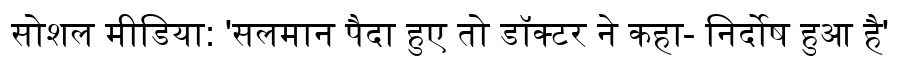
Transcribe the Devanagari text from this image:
सोशल मीडिया: 'सलमान पैदा हुए तो डॉक्टर ने कहा- निर्दोष हुआ है'